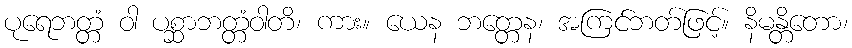
ပုရေဘတ္တံ ဝါ ပစ္ဆာဘတ္တံဝါတိ၊ ကား။ ယေန ဘတ္တေန၊ အကြင်ဘတ်ဖြင့်။ နိမန္တိတော၊